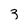
Character: 3